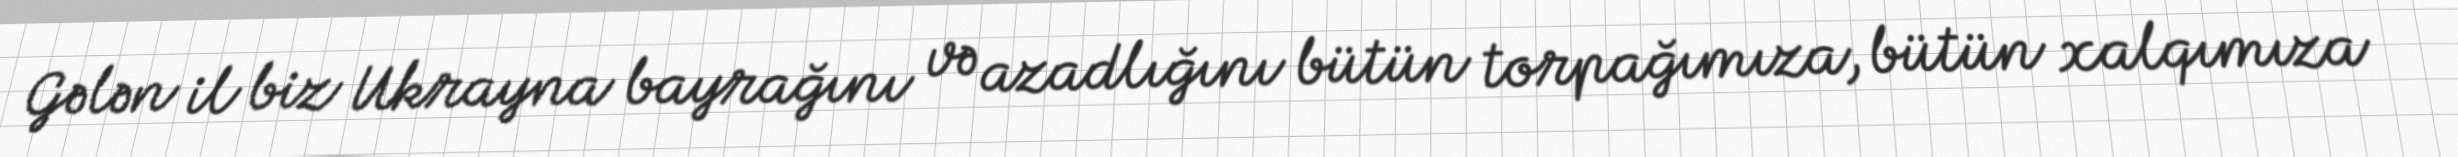
Gələn il biz Ukrayna bayrağını və azadlığını bütün torpağımıza, bütün xalqımıza